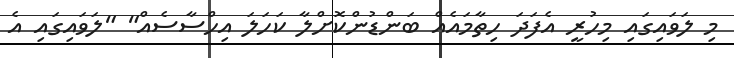
މި ލަވައިގައި މިހުރީ އެފަދަ ހިތާމައެއް ބަންޑުންކޮށްލާ ކަހަލަ އިހްސާސެއް" "ލަވައިގައި އެ